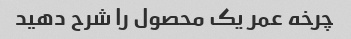
چرخه عمر یک محصول را شرح دهید